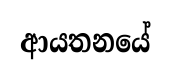
ආයතනයේ